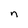
Character: n